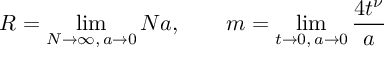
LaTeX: R = \operatorname * { l i m } _ { N \to \infty , \, a \to 0 } N a , \qquad m = \operatorname * { l i m } _ { t \to 0 , \, a \to 0 } \frac { 4 t ^ { \nu } } { a }